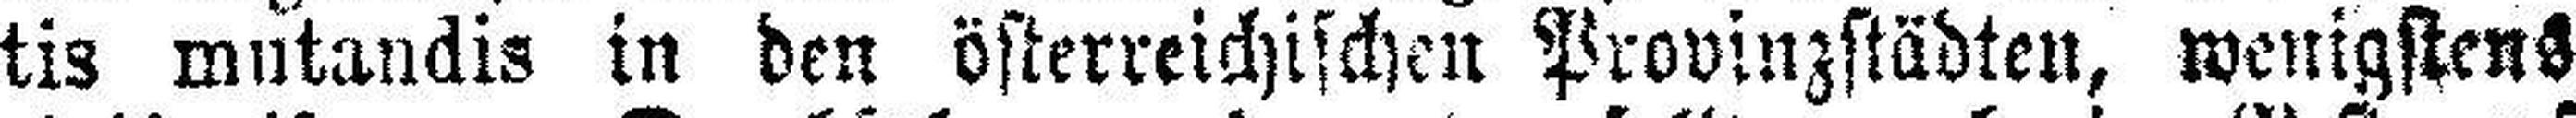
tis mutandis in den österreichischen Provinzstädten, wenigstens